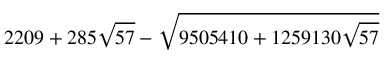
2 2 0 9 + 2 8 5 \sqrt { 5 7 } - \sqrt { 9 5 0 5 4 1 0 + 1 2 5 9 1 3 0 \sqrt { 5 7 } }